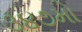
૩૪૭મો